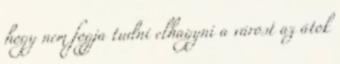
hogy nem fogja tudni elhagyni a várost az átok